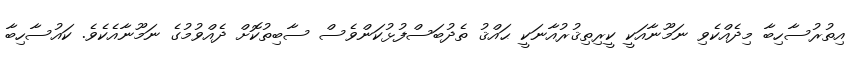
އިތުރުސާހިބާ މިދެއްކެވި ނަމޫނާއަކީ ކީރިތިޤުރުއާނަކީ ޙައްޤު ތެދުބަސްފުޅުކަންވެސް ސާބިތުކޮށް ދެއްވުމުގެ ނަމޫނާއެކެވެ. ކައުސާހިބާ